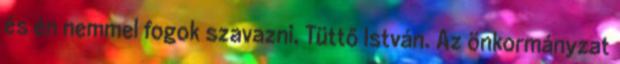
és én nemmel fogok szavazni. Tüttő István. Az önkormányzat